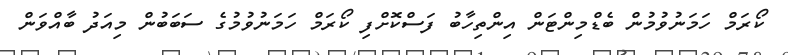
ކޯރަމް ހަމަނުވުމުން ބެޑްމިންޓަން އިންތިހާބު ފަސްކޮށްފި ކޯރަމް ހަމަނުވުމުގެ ސަބަބުން މިއަދު ބާއްވަން